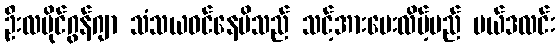
ဦးလမိုင်ဂွန်ဂျာ သံသယဝင်နေမိသည် သင့်အားပေးလိမ့်မည် မယ်ဒလင်း